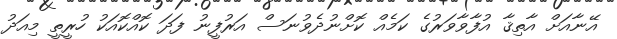
އޭނާއަށް އާތިޤާ އުފާވާވަރުގެ ކަމެއް ކޮށްނުދެވުނަސް އަރުފީނު ފަދަ ކޮއްކޮއަކު ހުރީތީ މިއަދު